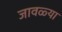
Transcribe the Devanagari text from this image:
जावळ्या